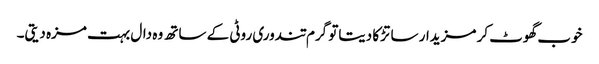
خوب گھوٹ کر مزیدار سا تڑکا دیتاتو گرم تندوری روٹی کے ساتھ وہ دال بہت مزہ دیتی۔